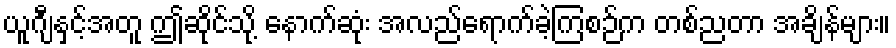
ယူဂျီနှင့်အတူ ဤဆိုင်သို့ နောက်ဆုံး အလည်ရောက်ခဲ့ကြစဉ်က တစ်ညတာ အချိန်များ။